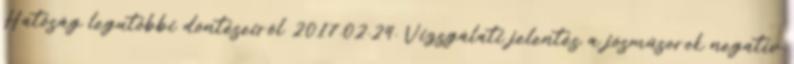
Hatóság legutóbbi döntéseiről 2017.02.24. Vizsgálati jelentés a jósműsorok negatív